Indian journal of veterinary science and animal husbandry - Volume 8,
Year: 1938
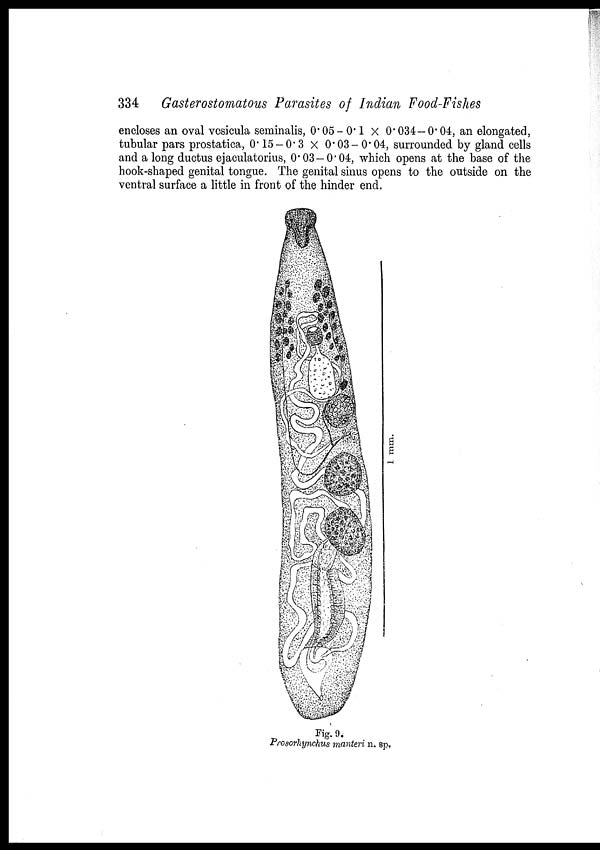
334
Gasterostomatous Parasites of Indian Food-Fishes
encloses an oval vesicula seminalis, 0.05 — 0.1 × 0.034—0.04, an elongated,
tubular pars prostatica, 0.15 — 0.3 × 0.03—0.04, surrounded by gland cells
and a long ductus ejaculatorius, 0.03—0.04, which opens at the base of the
hook-shaped genital tongue. The genital sinus opens to the outside on the
ventral surface a little in front of the hinder end.
Fig. 9.
Prosorhynchus manteri n. sp